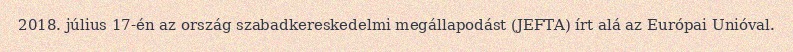
2018. július 17-én az ország szabadkereskedelmi megállapodást (JEFTA) írt alá az Európai Unióval.